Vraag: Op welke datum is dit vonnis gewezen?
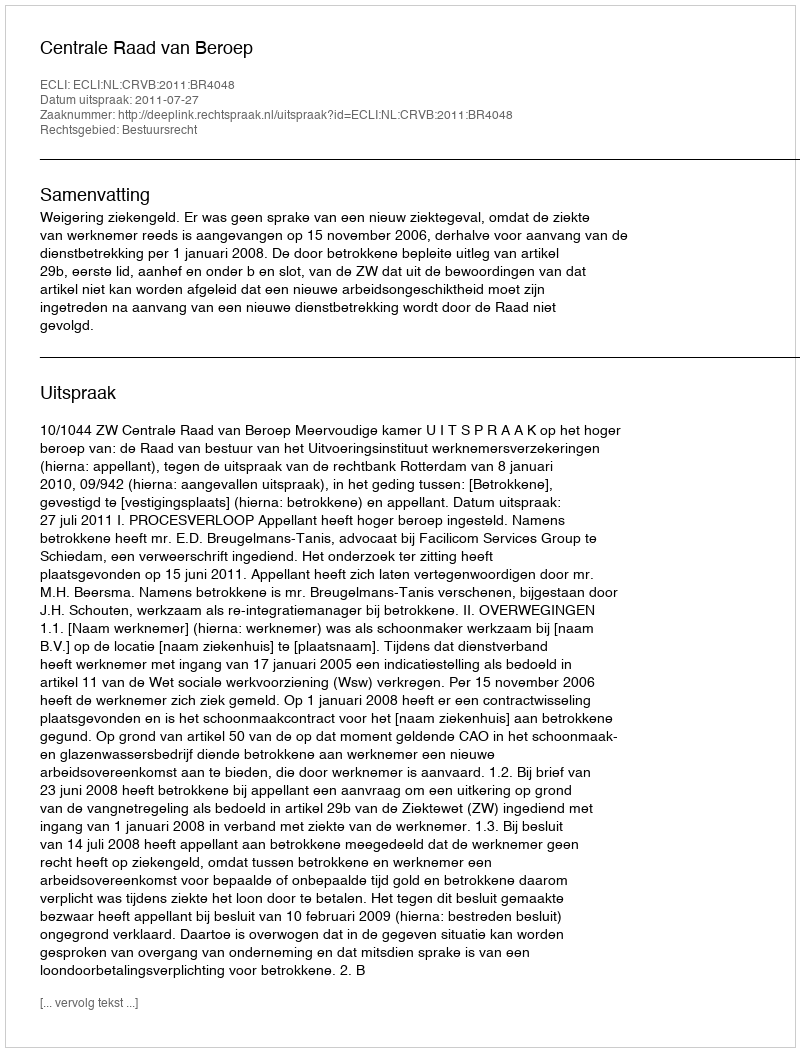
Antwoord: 2011-07-27